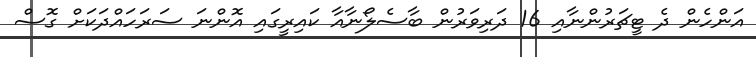
އަންހެން ދެ ޓީޗަރުންނާއި 16 ދަރިވަރުން ބާސެލޯނާއާ ކައިރީގައި އޮންނަ ސަރަހައްދަކަށް ގޮސް